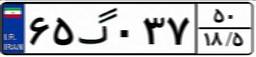
۶۳گ۸۴۹۴۲